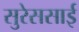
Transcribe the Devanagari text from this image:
सुरेससाई